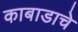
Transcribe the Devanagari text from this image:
काबाडाचे